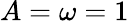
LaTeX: A=\omega=1